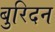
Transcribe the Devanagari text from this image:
बुरिदन